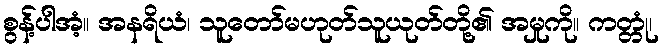
စွန့်ပါအံ့။ အနရိယံ၊ သူတော်မဟုတ်သူယုတ်တို့၏ အမှုကို။ ကတ္တုံ၊